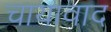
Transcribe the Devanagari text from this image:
चायावाद